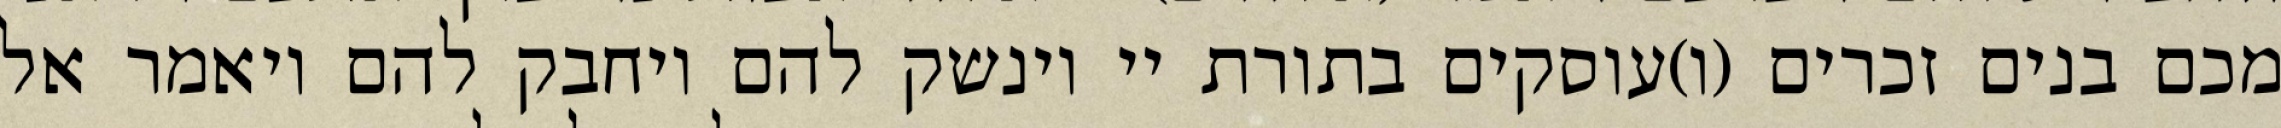
מכם בנים זכרים (ו)עוסקים בתורת יי וינשק להם ויחבק להם ויאמר אל